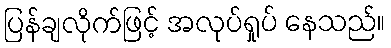
ပြန်ချလိုက်ဖြင့် အလုပ်ရှုပ် နေသည်။